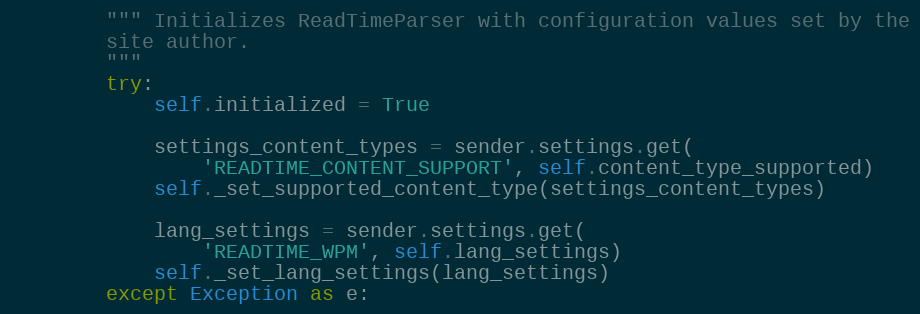
Language: Python
        """ Initializes ReadTimeParser with configuration values set by the
        site author.
        """
        try:
            self.initialized = True

            settings_content_types = sender.settings.get(
                'READTIME_CONTENT_SUPPORT', self.content_type_supported)
            self._set_supported_content_type(settings_content_types)

            lang_settings = sender.settings.get(
                'READTIME_WPM', self.lang_settings)
            self._set_lang_settings(lang_settings)
        except Exception as e: